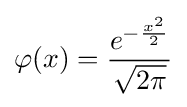
\varphi (x)={\frac {e^{-{\frac {x^{2}}{2}}}}{\sqrt {2\pi }}}